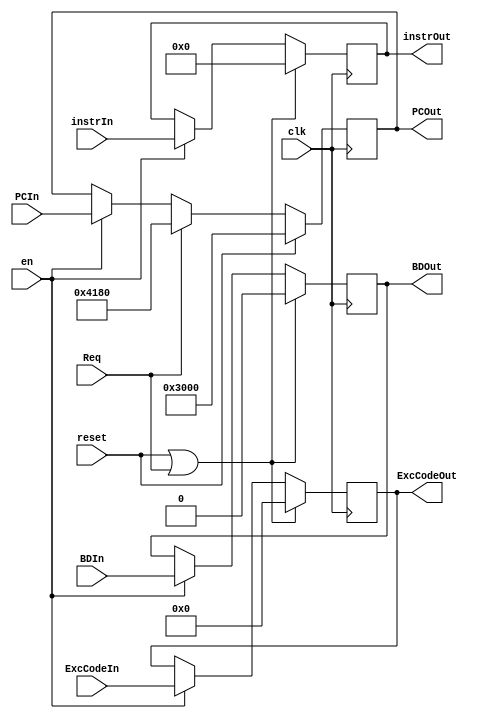
`timescale 1ns / 1ps

module DREG
	(
		input clk,
		input reset,
		input Req,
		input en,
		
		input [31:0] instrIn,
		input [31:0] PCIn,
		input [4:0] ExcCodeIn,
		input BDIn,
		output reg [4:0] ExcCodeOut,
		output reg BDOut,
		output reg [31:0] instrOut,
		output reg [31:0] PCOut
	);
	
	reg [31:0] nextPC;
	
	always @(*) begin
		if(reset) nextPC = 32'h3000;
		else if(Req) nextPC = 32'h4180;
		else if(en) nextPC = PCIn;
		else nextPC = PCOut; //stay at value
	end
	
	initial begin
		instrOut <= 32'h0;
		PCOut <= 32'h3000;
		ExcCodeOut <= 0;
		BDOut <= 0;
	end
	
	always @(posedge clk) begin
		if(reset | Req) begin
			instrOut <= 32'h0;
			ExcCodeOut <= 0;
			BDOut <= 0;
		end
		else if(en) begin
			instrOut <= instrIn;
			ExcCodeOut <= ExcCodeIn;
			BDOut <= BDIn;
		end
	end
	
	always @(posedge clk) begin
		PCOut <= nextPC;
	end
	
endmodule